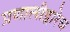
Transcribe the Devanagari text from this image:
प्रणालीद्वारेच